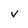
Character: v